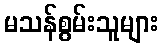
မသန်စွမ်းသူများ